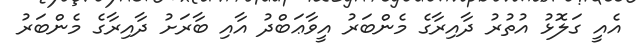
އެއީ ގަލޮޅު އުތުރު ދާއިރާގެ މެންބަރު އީވާޢަބްދު އާއި ބާރަށު ދާއިރާގެ މެންބަރު